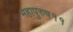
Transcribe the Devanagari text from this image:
महापुरुष११